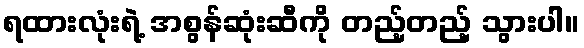
ရထားလုံးရဲ့ အစွန်ဆုံးဆီကို တည့်တည့် သွားပါ။